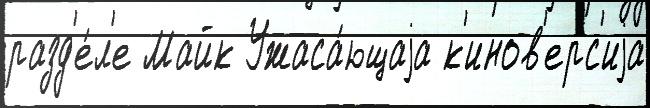
разд'е́л'е Майк Ужаса́ющаjа к'инов'ерс'иjа